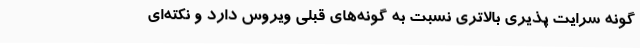
گونه سرایت پذیری بالاتری نسبت به گونه‌های قبلی ویروس دارد و نکته‌ای